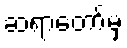
ဆရာတော်မှ